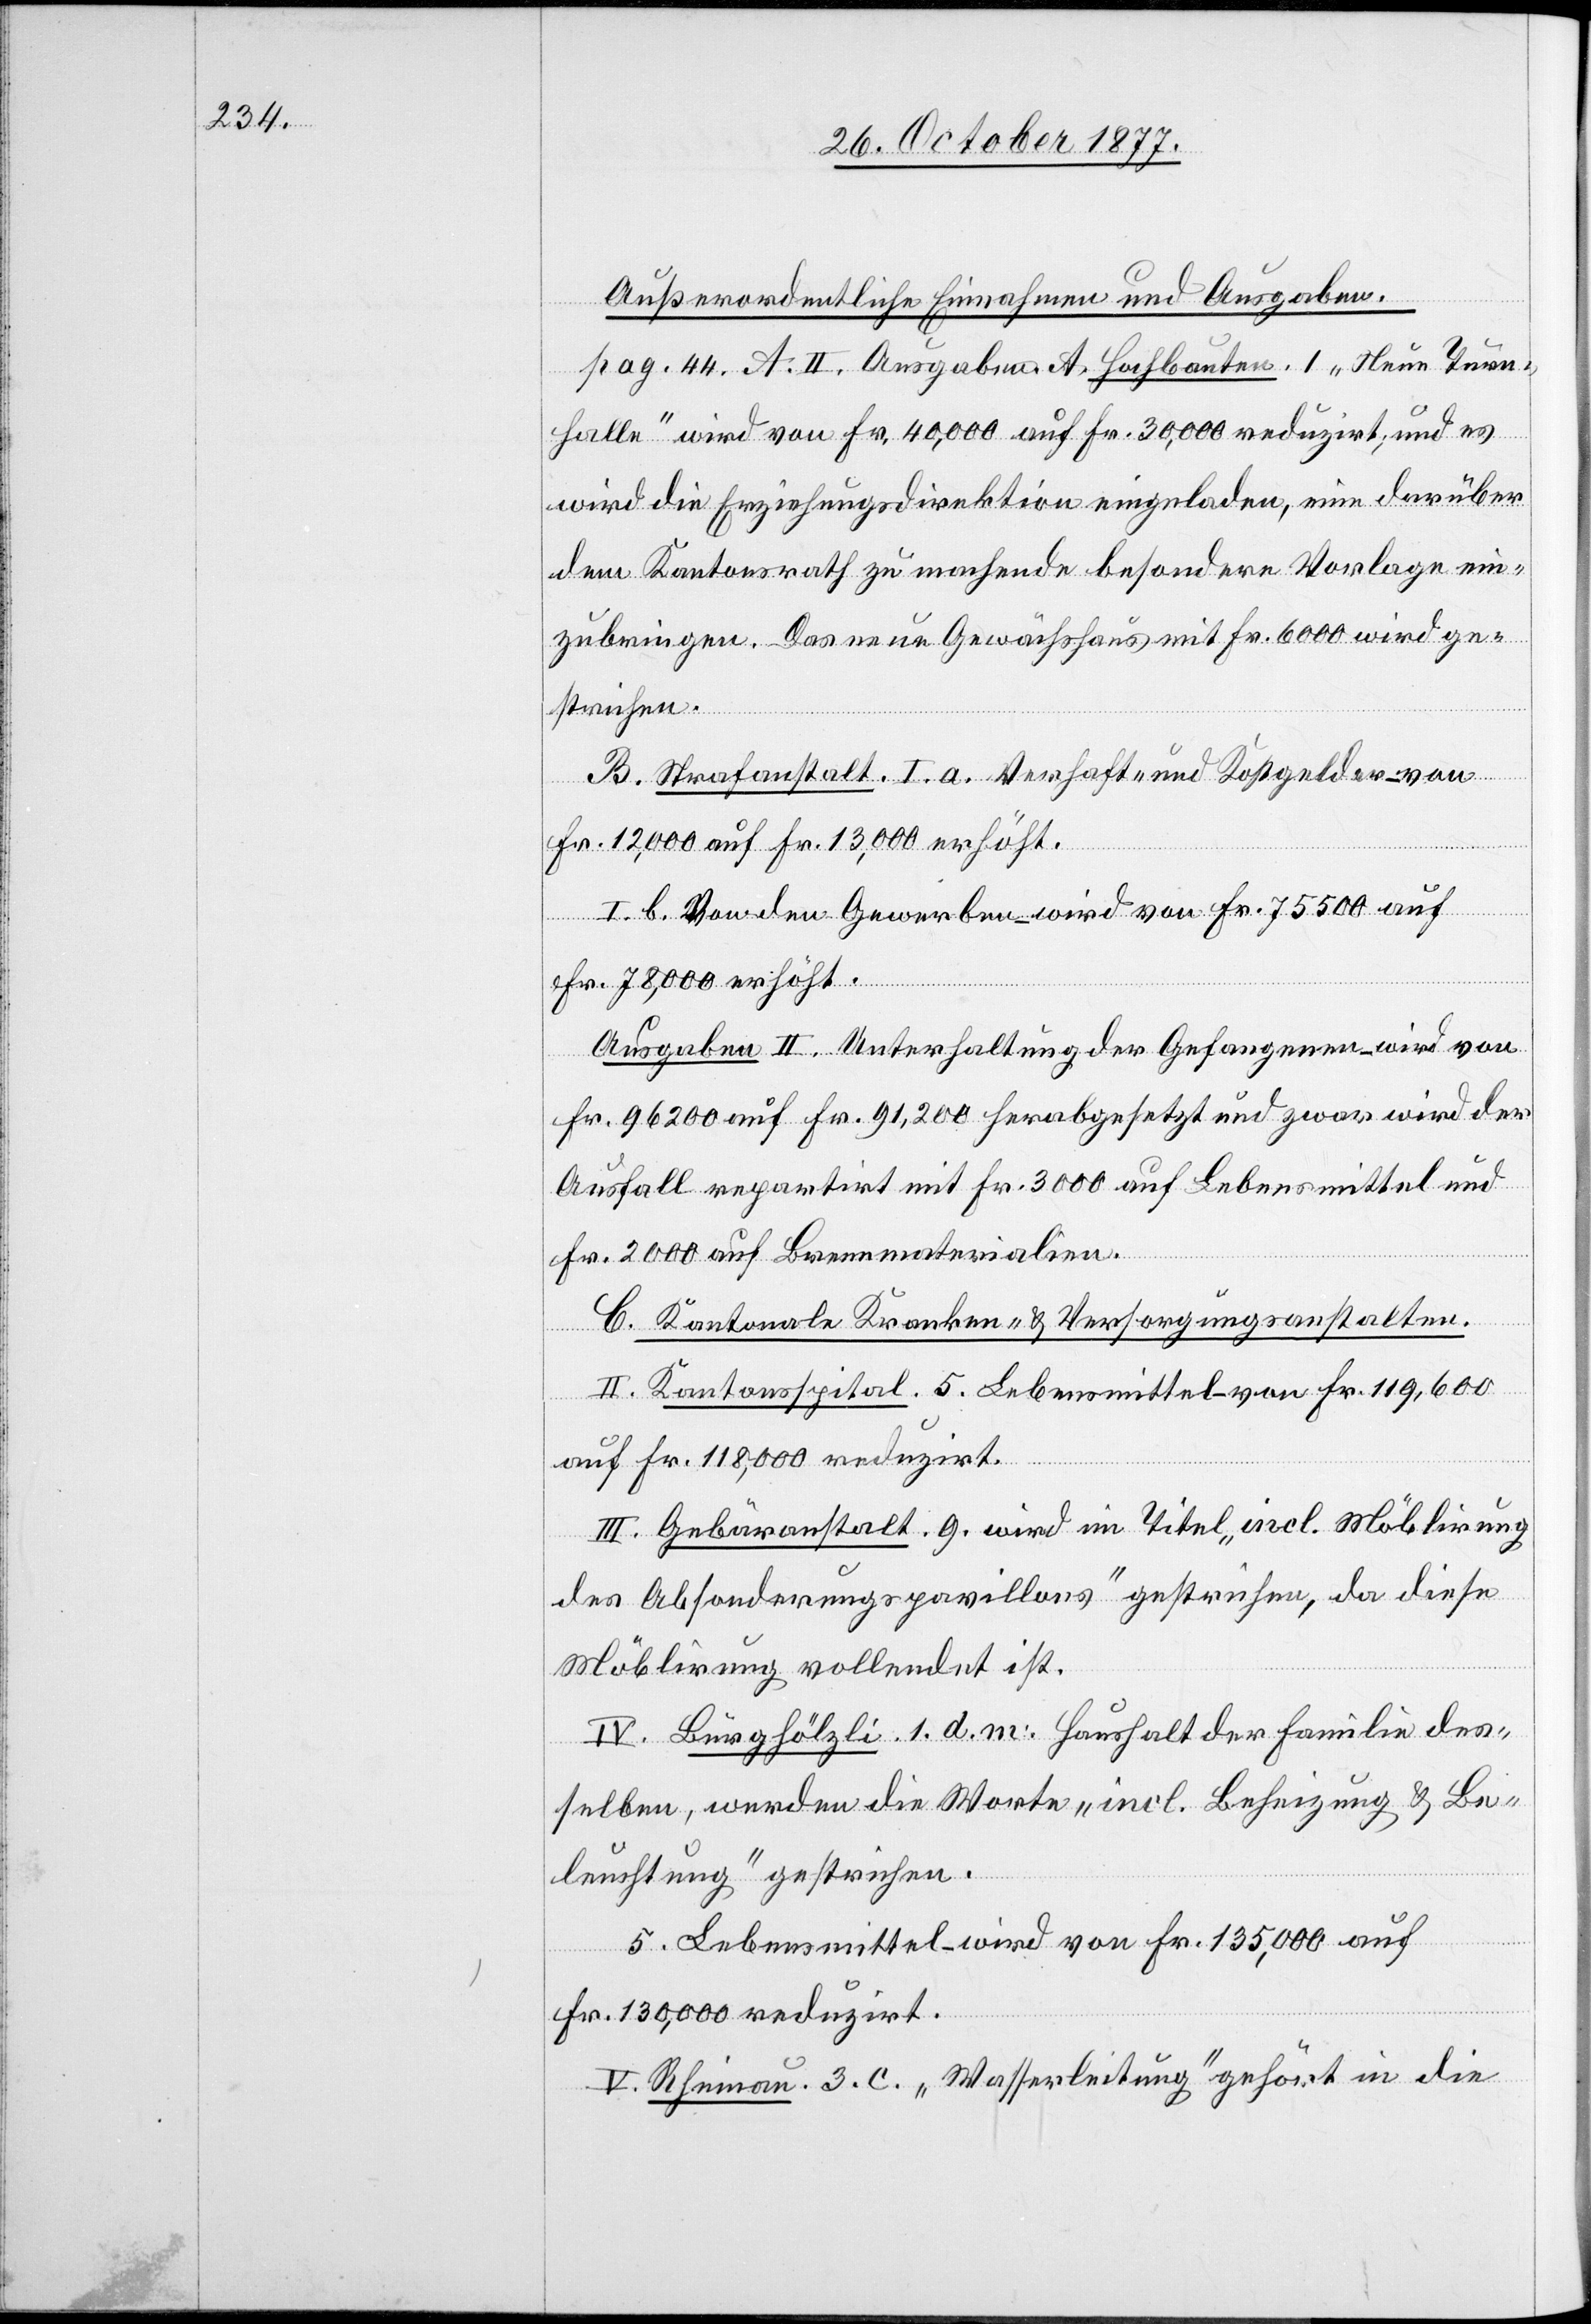
Außerordentliche Einnahmen und Ausgaben.
pag. 44. A. II. Ausgaben A. Hochbauten. 1. „Neue Turn¬
halle“ wird von Fr. 40,000 auf Fr. 30,000 reduzirt; und es
wird die Erziehungsdirektion eingeladen, eine darüber
dem Kantonsrath zu machende besondere Vorlage ein¬
zubringen. Das neue Gewächshaus mit Fr. 6000 wird ge¬
strichen.
B. Strafanstalt. I. a. Verhaft- und Kostgelder – von
Fr. 12,000 auf Fr. 13,000 erhöht.
I. b. Von den Gewerben – wird von Fr. 75 500 auf
Fr. 78,000 erhöht.
Ausgaben II. Unterhaltung der Gefangenen – wird von
Fr. 96 200 auf Fr. 91,200 herabgesetzt und zwar wird der
Ausfall repartirt mit Fr. 3000 auf Lebensmittel und
Fr. 2000 auf Brennmaterialien.
C. Kantonale Kranken- & Versorgungsanstalten.
II. Kantonsspital. 5. Lebensmittel – von Fr. 119,600
auf Fr. 118,000 reduzirt.
III. Gebäranstalt. 9. wird im Titel „incl. Möblirung
des Absonderungspavillons“ gestrichen, da diese
Möblirung vollendet ist.
IV. Burghölzli. 1. d. m. Haushalt der Familie des¬
selben, werden die Worte „incl. Beheizung & Be¬
leuchtung“ gestrichen.
5. Lebensmittel – wird von Fr. 135,000 auf
Fr. 130,000 reduzirt.
V. Rheinau. 3. c. „Wasserleitung“ gehört in die